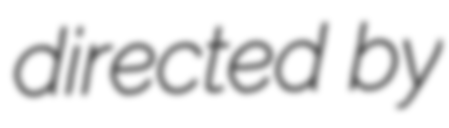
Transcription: directed by